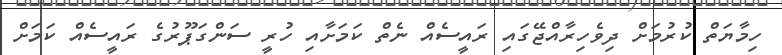
ހިމާޔަތް ކުރުމަށް ދިވެހިރާއްޖޭގައި ރައީސެއް ނެތް ކަމަށާއި ހުރީ ސަންގަޕޫރުގެ ރައީސެއް ކަމަށް